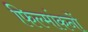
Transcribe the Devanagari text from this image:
फिल्मांकनों